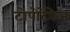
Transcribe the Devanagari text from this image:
टोपोटेकेन